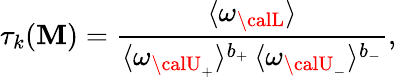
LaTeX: \tau_{k}({\cal\mathbf{M}})=\frac{{\langle\omega_{\calL}\rangle}}{{\langle\omega_{{\calU}_{+}}\rangle^{b_{+}}\, \langle\omega_{{\calU}_{-}}\rangle^{b_{-}}}}\mathrm{{,}}